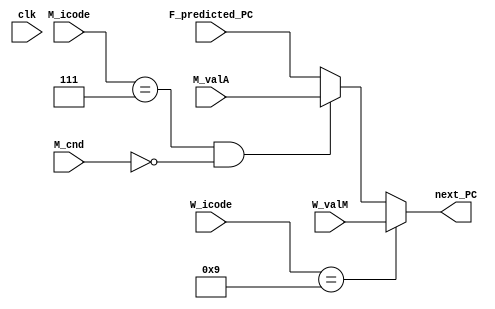
module select_PC(clk,F_predicted_PC , M_valA , M_icode, W_valM ,W_icode, M_cnd , next_PC);

input clk;
input [64:1] F_predicted_PC;
input [64:1] W_valM;
input [64:1] M_valA;
input M_cnd;
input [4:1] M_icode,W_icode;

output reg [64:1] next_PC;

always @(*)
begin
 
    //now we will code how to recover from pc misprediction

    if(W_icode==4'b1001)
    begin
        next_PC <= W_valM;
    end

    else if(M_icode == 4'b0111 && !M_cnd)
    begin
        next_PC <= M_valA;
    end
 // if it is not return or a mispredicted jump our prediction is right
    else
    begin
        next_PC <= F_predicted_PC;
    end
end

endmodule